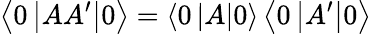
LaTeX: \left\langle 0\left|AA^{\prime}\right|0\right\rangle=\left\langle 0\left|A\right|0\right\rangle\left\langle 0\left|A^{\prime}\right|0\right\rangle